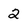
Character: 2